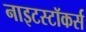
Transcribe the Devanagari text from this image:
नाइटस्टॉकर्स